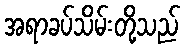
အရာခပ်သိမ်းတို့သည်